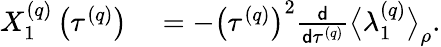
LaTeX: \begin{array}{rl}{X_{1}^{\left(q\right)}\left(\tau^{\left(q\right)}\right)}&{{}=-\left(\tau^{\left(q\right)}\right)^{2}\frac{\mathsf{d}}{\mathsf{d}\tau^{\left(q\right)}}\big\langle\lambda_{1}^{\left(q\right)}\big\rangle_{\rho}.}\end{array}